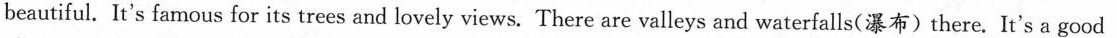
beautiful. It's famous for its trees and lovely views. There are valleys and waterfalls(瀑布)there. It's a good